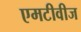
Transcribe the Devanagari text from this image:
एमटीवीज